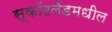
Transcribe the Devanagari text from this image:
स्कॉटलँडमधील